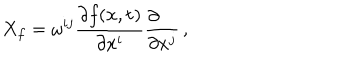
X _ { f } = \omega ^ { i j } { \frac { \partial f ( { \bf x } , { \bf t } ) } { \partial x ^ { i } } } { \frac { \partial \phantom { x ^ { j } } } { \partial x ^ { j } } } \, ,